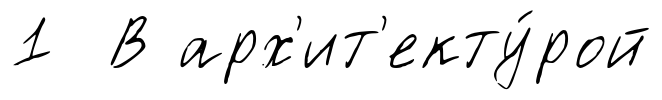
1 В арх'ит'екту́рой